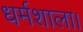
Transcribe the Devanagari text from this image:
धर्मशाला।